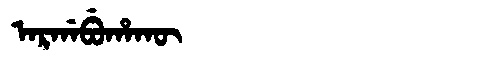
Manchu: ᠠᡵᡤᠠᠪᡠᡥᠠᡴᡡ
Romanization: ARGABUHAKŪ